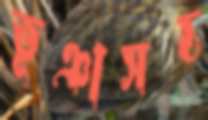
ভূঞাসহ